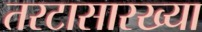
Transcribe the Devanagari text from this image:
तरटासारख्या